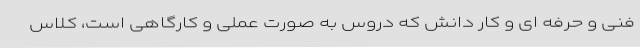
فنی و حرفه ای و کار دانش که دروس به صورت عملی و کارگاهی است، کلاس